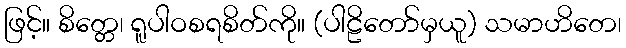
ဖြင့်။ စိတ္တေ၊ ရူပါဝစရစိတ်ကို။ (ပါဠိတော်မှယူ) သမာဟိတေ၊